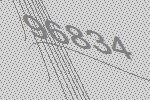
96834